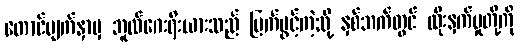
တောင်မျက်နှာမှ ဘူလ်ဂေးရီးယားသည် မြက်ပွင့်ကဲ့သို့ နှစ်ဘက်တွင် ထိုးနှက်မှုတို့ကို